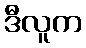
ဒီလူက